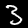
Digit: 3